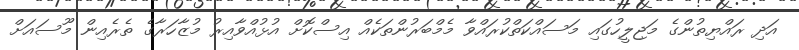
އަދި ރައްޔިތުންގެ މަޖިލީހުގައި މަސައްކަތްކުރައްވާ މެމްބަރުންތަކެއް އިސްކޮށް އުޅުއްވާއިރު މުޒާހަރާގެ ތެރެއިން މޫސައަށް